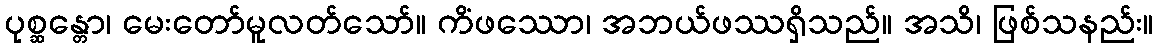
ပုစ္ဆန္တော၊ မေးတော်မူလတ်သော်။ ကိံဖဿော၊ အဘယ်ဖဿရှိသည်။ အသိ၊ ဖြစ်သနည်း။